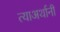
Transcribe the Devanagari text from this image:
त्याअर्थानी